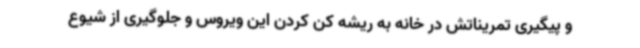
و پیگیری تمریناتش در خانه به ریشه کن کردن این ویروس و جلوگیری از شیوع